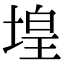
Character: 堭